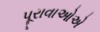
પૂરાવાઓએ